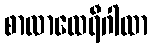
စာလာထေရီဂါထာ